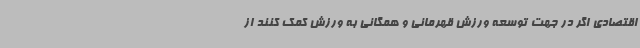
اقتصادی اگر در جهت توسعه ورزش قهرمانی و همگانی به ورزش کمک کنند از